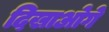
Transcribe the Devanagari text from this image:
दिखाओगे